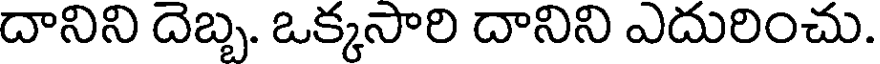
దానిని దెబ్బ. ఒక్కసారి దానిని ఎదురించు.